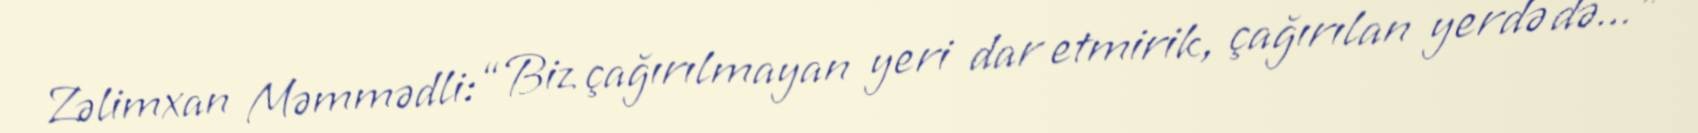
Zəlimxan Məmmədli: “Biz çağırılmayan yeri dar etmirik, çağırılan yerdə də...”